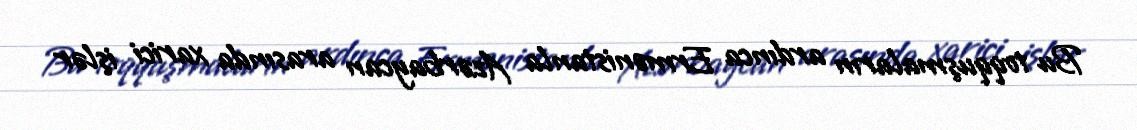
Bu toqquşmaların ardınca Ermənistanla Azərbaycan arasında xarici işlər